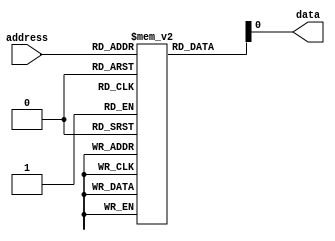
module anti_fuse_rom (
    input wire [7:0] address,
    output reg data
);

reg [7:0] memory [0:255]; // 256 memory locations each with 8 bits

initial begin
    // Initialize memory with programmed values
    // Your initialization code here
end

always @(*) begin
    // Address decoding logic
    data = memory[address];
end

endmodule